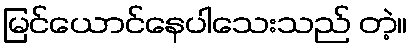
မြင်ယောင်နေပါသေးသည် တဲ့။